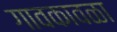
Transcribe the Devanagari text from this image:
गावकावळा